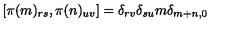
[ \pi ( m ) _ { r s } , \pi ( n ) _ { u v } ] = \delta _ { r v } \delta _ { s u } m \delta _ { m + n , 0 }